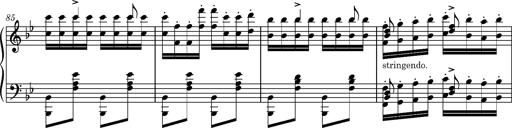
Title: Ungarische Nationalmelodien, S.243
Composer: Franz Liszt